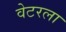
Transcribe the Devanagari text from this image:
वेटरला